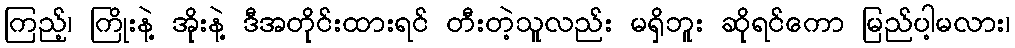
ကြည့်၊ ကြိုးနဲ့ အိုးနဲ့ ဒီအတိုင်းထားရင် တီးတဲ့သူလည်း မရှိဘူး ဆိုရင်ကော မြည်ပါ့မလား၊